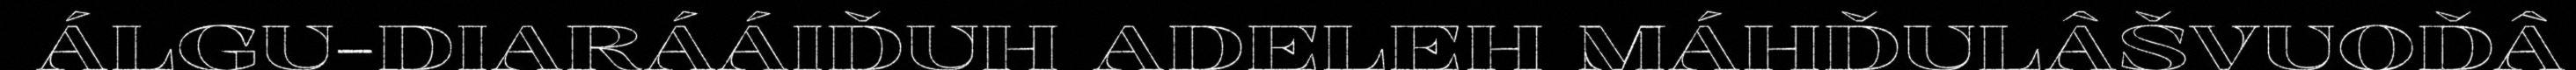
ÁLGU-DIARÁÁIĐUH ADELEH MÁHĐULÂŠVUOĐÂ